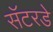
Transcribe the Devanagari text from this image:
सॅटरडे